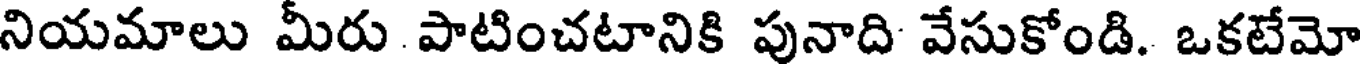
నియమాలు మీరు పాటించటానికి పునాది వేసుకోండి. ఒకటేమో